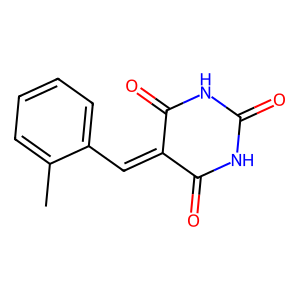
SMILES: Cc1ccccc1C=C1C(=O)NC(=O)NC1=O
Inhibits HIV replication: No